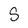
Character: S